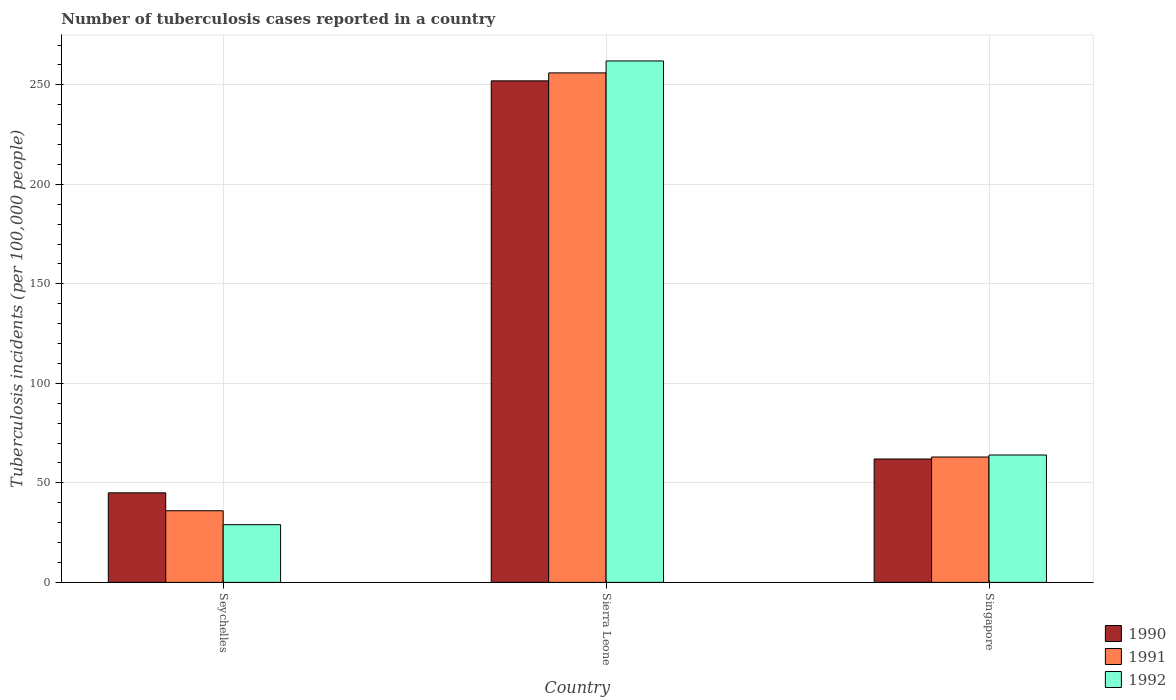
| Country | 1990 | 1991 | 1992 |
 | --- | --- | --- | --- |
 | Seychelles | 45 | 36 | 29 |
 | Sierra Leone | 252 | 256 | 262 |
 | Singapore | 62 | 63 | 64 |